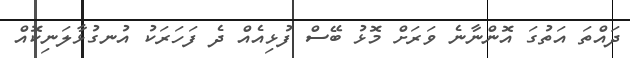
ދައްތަ އަތުގަ އޮންނާނެ ވަރަށް މޮޅު ބޭސް ފުޅިއެއް ދެ ފަހަރަކު އުނގުޅާލަނިކޮއް